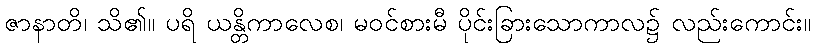
ဇာနာတိ၊ သိ၏။ ပရိ ယန္တိကာလေစ၊ မဝင်စားမီ ပိုင်းခြားသောကာလ၌ လည်းကောင်း။